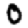
Digit: 0